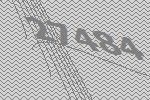
27484